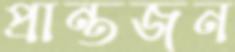
প্রান্তজন